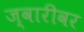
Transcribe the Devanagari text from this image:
ज्वारीवर